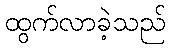
ထွက်လာခဲ့သည်